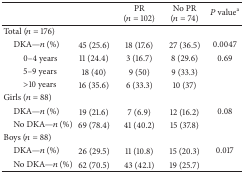
|  |  | PR (n = 102) | No PR (n = 74) | P valuea |
 | --- | --- | --- | --- | --- |
 | Total (n = 176) |  |  |  |  |
 | DKA—n (%) | 45 (25.6) | 18 (17.6) | 27 (36.5) | 0.0047 |
 | 0–4 years | 11 (24.4) | 3 (16.7) | 8 (29.6) | 0.69 |
 | 5–9 years | 18 (40) | 9 (50) | 9 (33.3) |  |
 | >10 years | 16 (35.6) | 6 (33.3) | 10 (37) |  |
 | Girls (n = 88) |  |  |  |  |
 | DKA—n (%) | 19 (21.6) | 7 (6.9) | 12 (16.2) | 0.08 |
 | No DKA—n (%) | 69 (78.4) | 41 (40.2) | 15 (37.8) |  |
 | Boys (n = 88) |  |  |  |  |
 | DKA—n (%) | 26 (29.5) | 11 (10.8) | 15 (20.3) | 0.017 |
 | No DKA—n (%) | 62 (70.5) | 43 (42.1) | 19 (25.7) |  |